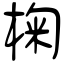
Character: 椈